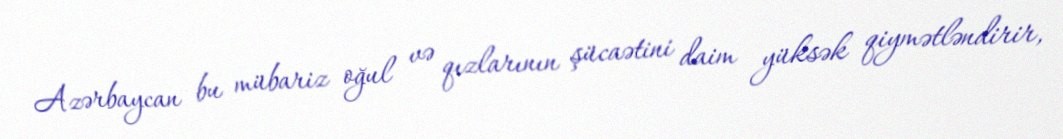
Azərbaycan bu mübariz oğul və qızlarının şücaətini daim yüksək qiymətləndirir,